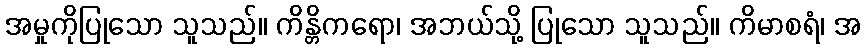
အမှုကိုပြုသော သူသည်။ ကိန္တိကရော၊ အဘယ်သို့ ပြုသော သူသည်။ ကိမာစရံ၊ အ